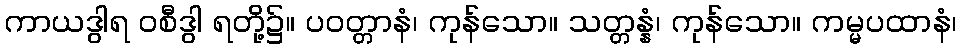
ကာယဒွါရ ဝစီဒွါ ရတို့၌။ ပဝတ္တာနံ၊ ကုန်သော။ သတ္တန္နံ၊ ကုန်သော။ ကမ္မပထာနံ၊